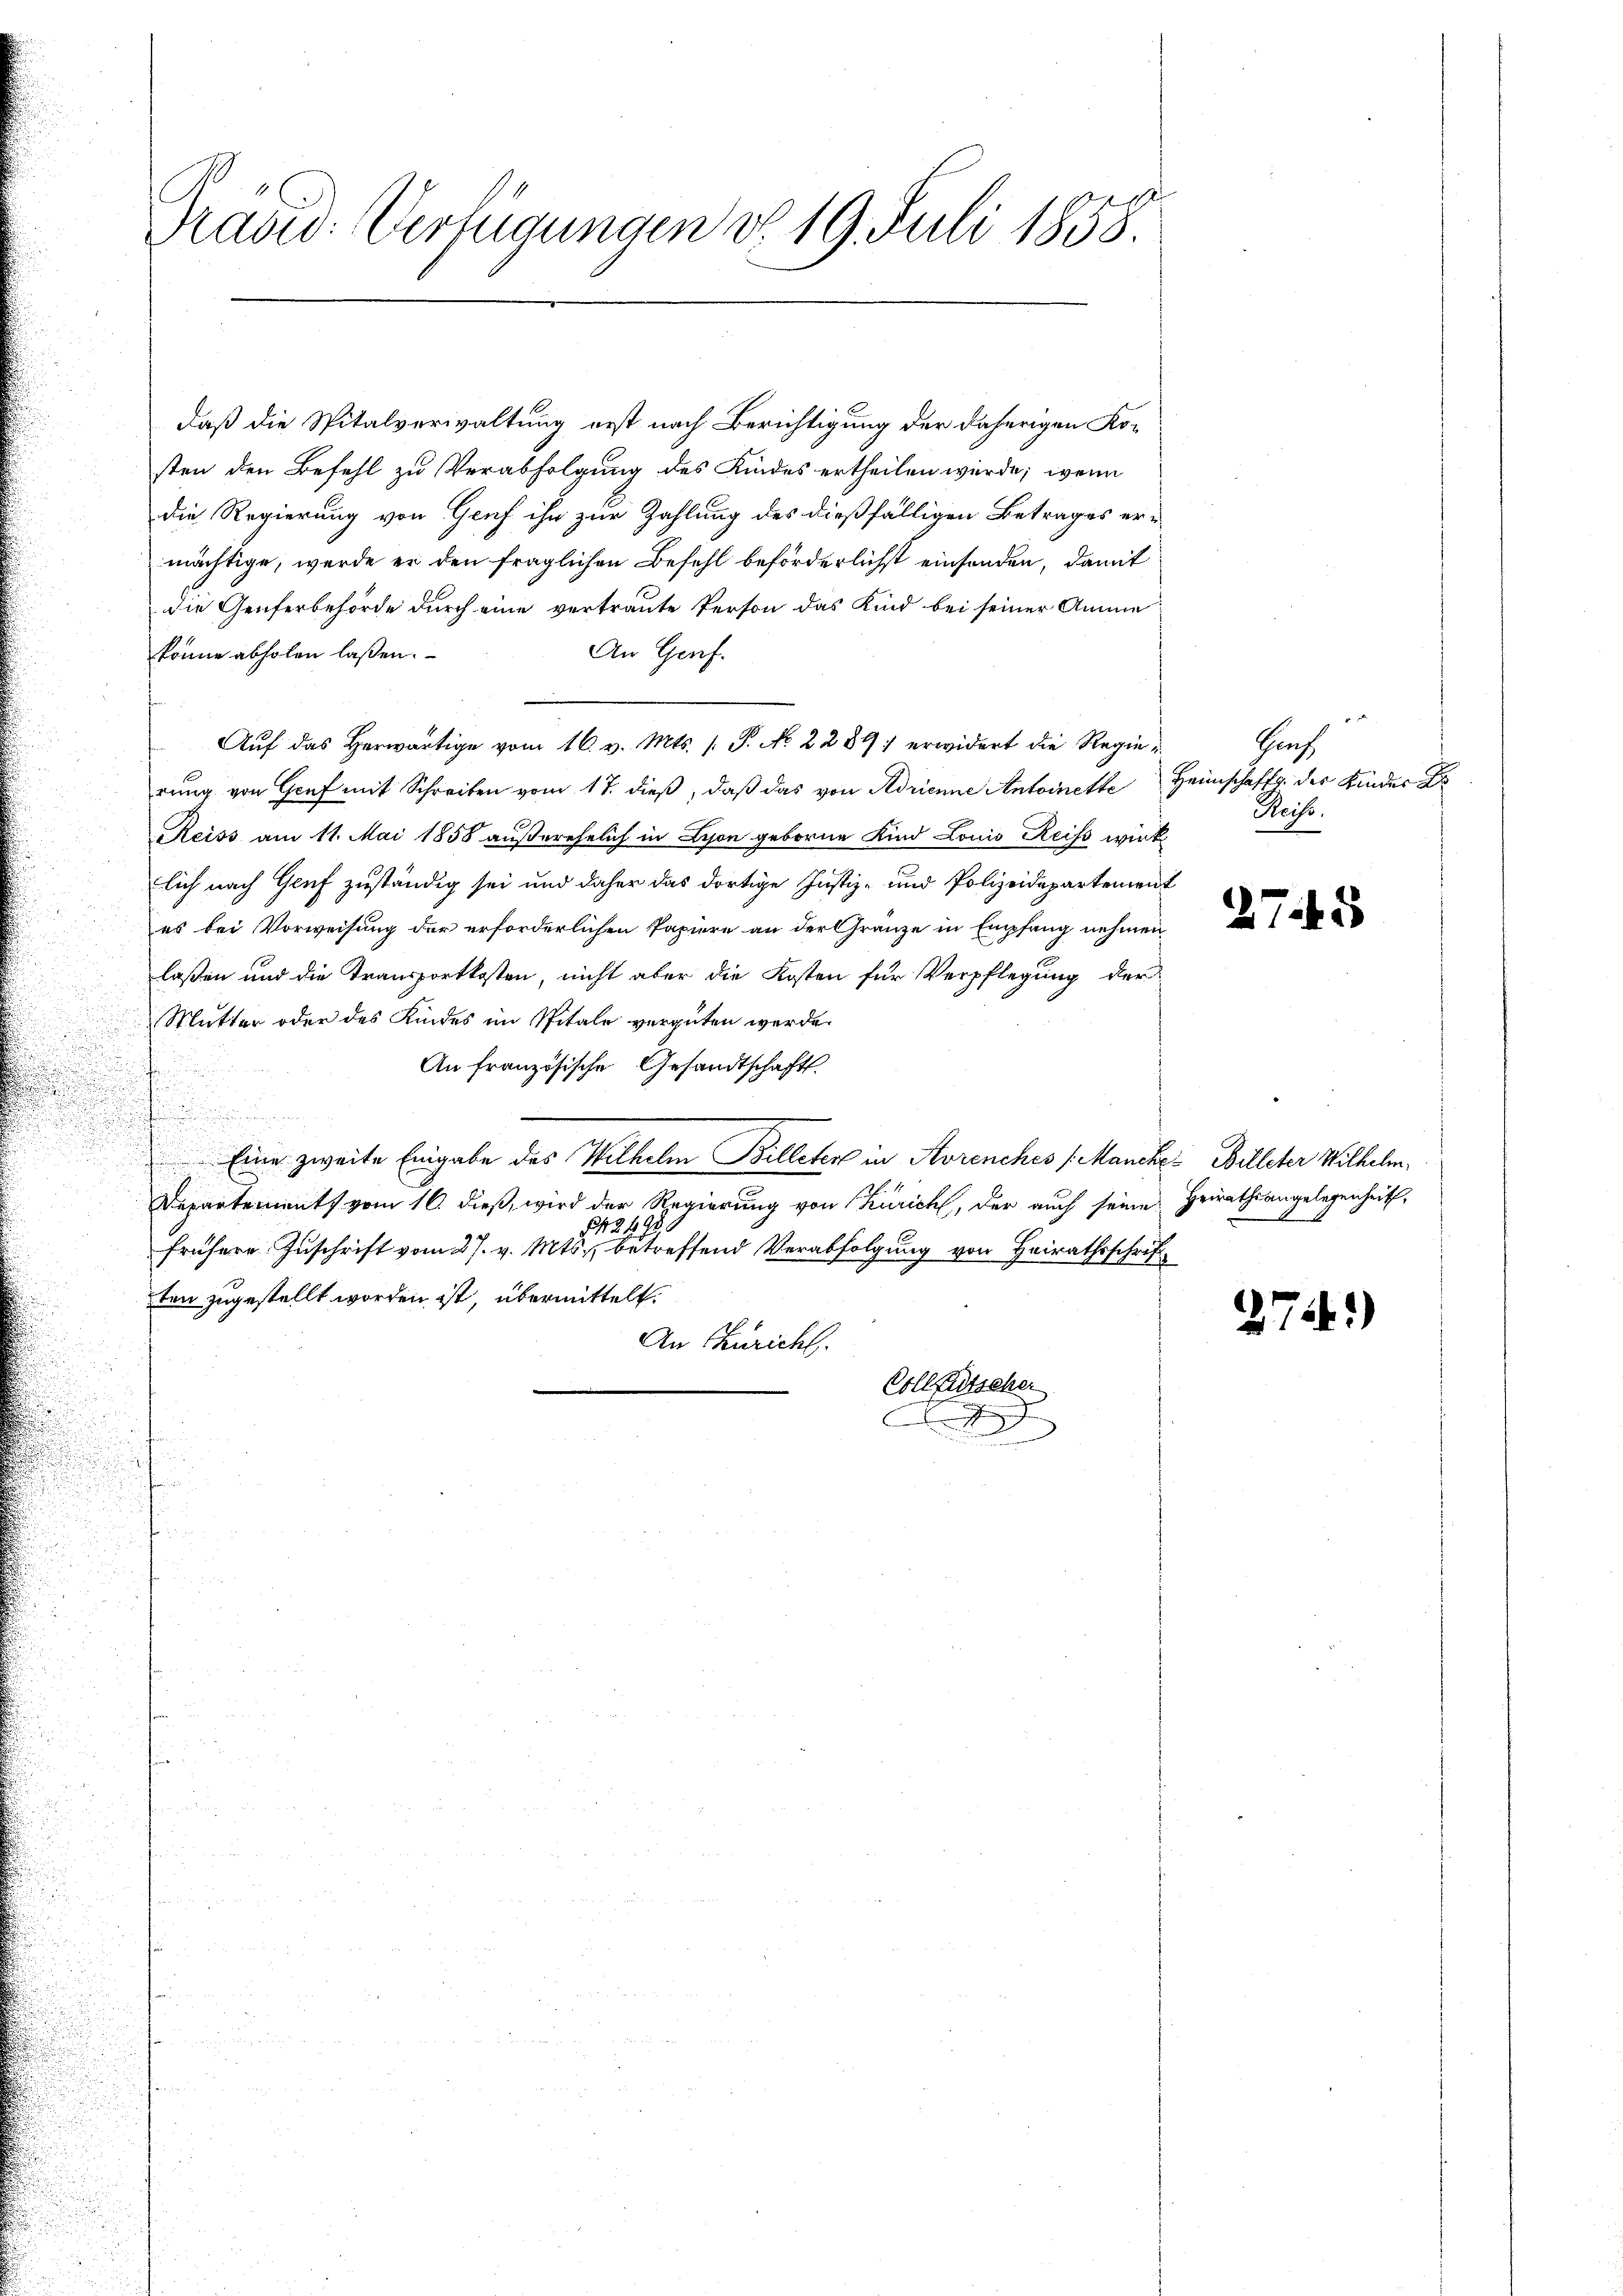
Prad: Verfügungen d. 19. Juli 1858.

daß die Spitalverwaltung erst nach Berichtigung der daherigen Kosten den Befehl zu Verabfolgung des Kindes ertheilen würde; wenn
die Regierung von Genf ihn zur Zahlung des dießfälligen Betrages ermächtige, werde er den fraglichen Befehl beförderlichst einsenden, damit
die Genferbehörde durch eine vertraute Person das Kind bei seiner Amme
An Genf.
könne abholen lassen.
Aŭf das herwärtige vom 16. v. Mts. 1. P. No. 2289) erwidert die Regierung von Genf mit Schreiben vom 17. dieß, daß das von Adrienne Antoinette
Reiss am 11. Mai 1858 außerehelich in Lyon geborne Kind Louis Reiss wirk
lich nach Genf zuständig sei und daher das dortige Justiz- und Polizeidepartement
es bei Vorweisung der erforderlichen Papiere an der Gränze in Empfang nehmen
laßen und die Transportkosten, nicht aber die Kosten für Verpflegung der
Mutter oder des Kindes im Spitale vergüten werde.
An französische Gesandtschaft
Eine zweite Eingabe des Wilhelm Billeter in Arrenches (Manche Billeter Wilhelm,
Departements vom 16. dieß, wird der Regierung von Zürich, der auch seine Heirathsangelegenheit,
424980
frühere Zuschrift vom 27. v. Mts., betreffend Verabfolgung von Heirathsschrift
ten zugestellt worden ist, übermittelt.
An Züricht
Collfütscher
2

Grf
Heimschaffg. des Kinder Dr
Reise

2745

274)